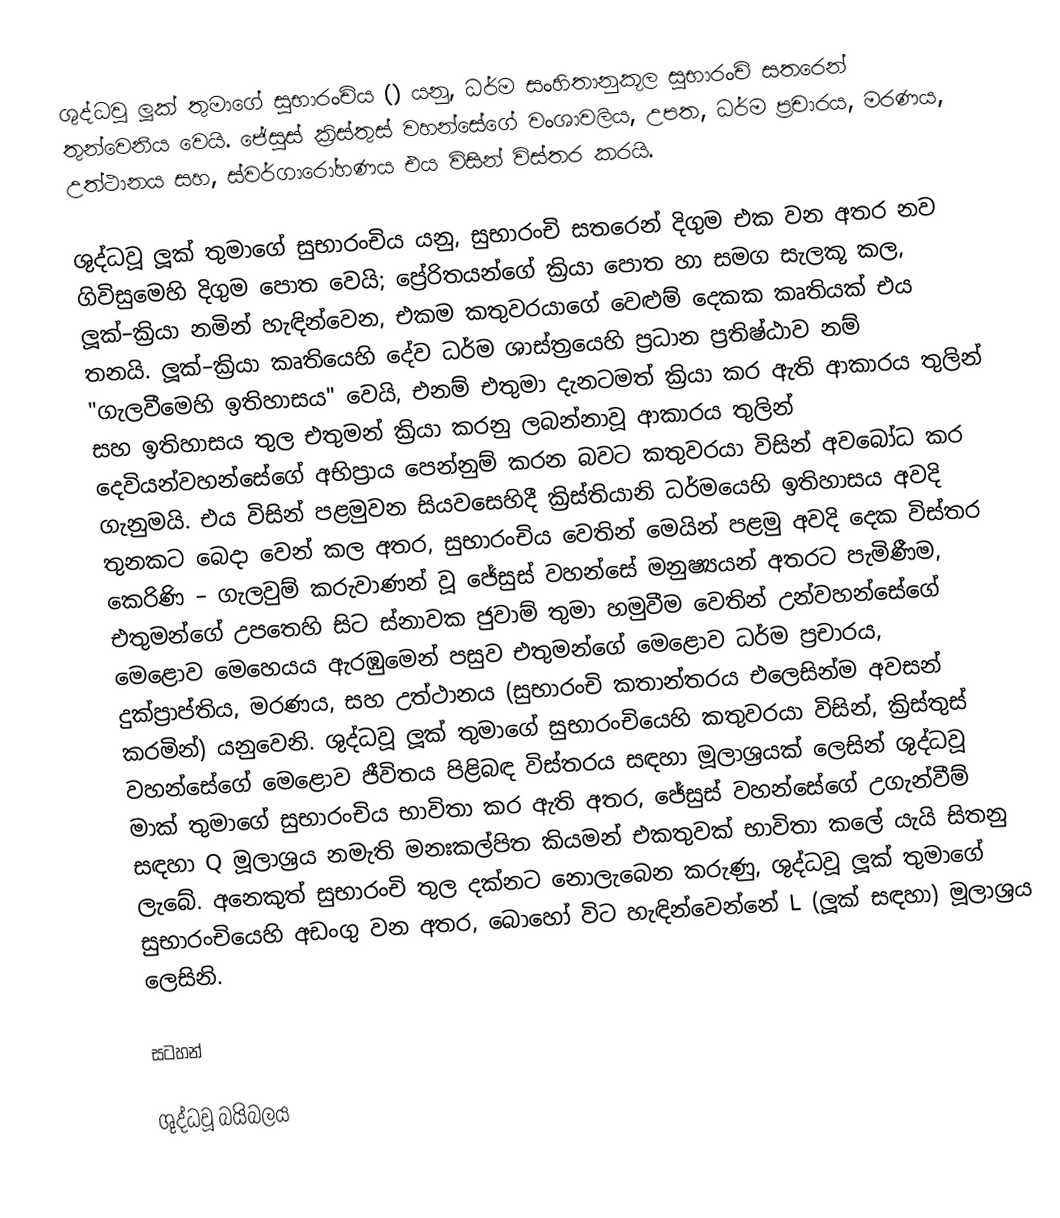
ශුද්ධවූ ලූක් තුමාගේ සුභාරංචිය () යනු,  ධර්ම සංහිතානුකූල සුභාරංචි සතරෙන් තුන්වෙනිය වෙයි.  ජේසුස් ක්‍රිස්තුස් වහන්සේගේ වංශාවලිය, උපත, ධර්ම ප්‍රචාරය, මරණය, උත්ථානය සහ, ස්වර්ගාරෝහණය එය විසින් විස්තර කරයි.

ශුද්ධවූ ලූක් තුමාගේ සුභාරංචිය යනු, සුභාරංචි සතරෙන් දිගුම එක වන අතර නව ගිවිසුමෙහි  දිගුම පොත වෙයි; ප්‍රේරිතයන්ගේ ක්‍රියා පොත හා සමග සැලකූ කල, ලූක්–ක්‍රියා නමින් හැඳින්වෙන, එකම කතුවරයාගේ වෙළුම් දෙකක කෘතියක් එය තනයි. ලූක්–ක්‍රියා කෘතියෙහි දේව ධර්ම ශාස්ත්‍රයෙහි  ප්‍රධාන ප්‍රතිෂ්ඨාව නම් "ගැලවීමෙහි ඉතිහාසය" වෙයි, එනම් එතුමා දැනටමත් ක්‍රියා කර ඇති ආකාරය තුලින්  සහ ඉතිහාසය තුල එතුමන් ක්‍රියා කරනු ලබන්නාවූ ආකාරය තුලින් දෙවියන්වහන්සේගේ අභිප්‍රාය පෙන්නුම් කරන බවට කතුවරයා විසින් අවබෝධ කර ගැනුමයි.  එය විසින්  පළමුවන සියවසෙහිදී ක්‍රිස්තියානි ධර්මයෙහි ඉතිහාසය අවදි තුනකට බෙදා වෙන් කල අතර, සුභාරංචිය වෙතින් මෙයින් පළමු අවදි දෙක විස්තර කෙරිණි – ගැලවුම් කරුවාණන් වූ ජේසුස් වහන්සේ මනුෂ්‍යයන් අතරට පැමිණීම, එතුමන්ගේ උපතෙහි සිට ස්නාවක ජුවාම් තුමා හමුවීම වෙතින් උන්වහන්සේගේ මෙළොව මෙහෙයය ඇරඹුමෙන් පසුව එතුමන්ගේ මෙළොව ධර්ම ප්‍රචාරය, දුක්ප්‍රාප්තිය, මරණය, සහ උත්ථානය (සුභාරංචි කතාන්තරය එලෙසින්ම අවසන් කරමින්) යනුවෙනි. ශුද්ධවූ ලූක් තුමාගේ සුභාරංචියෙහි කතුවරයා විසින්, ක්‍රිස්තුස් වහන්සේගේ මෙළොව ජීවිතය පිළිබඳ  විස්තරය සඳහා මූලාශ්‍රයක් ලෙසින් ශුද්ධවූ මාක් තුමාගේ සුභාරංචිය භාවිතා කර ඇති අතර, ජේසුස් වහන්සේගේ උගැන්වීම් සඳහා Q මූලාශ්‍රය නමැති  මනඃකල්පිත කියමන් එකතුවක් භාවිතා කලේ යැයි සිතනු ලැබේ. අනෙකුත් සුභාරංචි තුල දක්නට නොලැබෙන කරුණු, ශුද්ධවූ ලූක් තුමාගේ සුභාරංචියෙහි අඩංගු වන අතර, බොහෝ විට හැඳින්වෙන්නේ L (ලූක් සඳහා) මූලාශ්‍රය ලෙසිනි.

සටහන්

ශුද්ධවූ බයිබලය